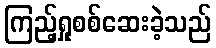
ကြည့်ရှုစစ်ဆေးခဲ့သည်